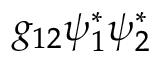
g _ { 1 2 } \psi _ { 1 } ^ { * } \psi _ { 2 } ^ { * }